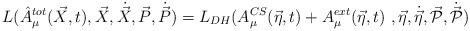
LaTeX: \begin{align*}L(\hat{A}^{tot}_\mu (\vec{X},t), \vec{X}, \dot{\vec{X}}, \vec{P},\dot{\vec{P}} ) = L_{DH} (A_\mu^{CS} (\vec{\eta},t) + A_\mu^{ext}(\vec{\eta},t)\ , \vec{\eta}, \dot{\vec{\eta}}, \vec{\cal{P}},\dot{\vec{\cal{P}}})\end{align*}